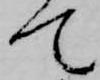
て